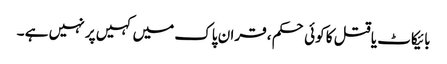
بائیکاٹ یا قتل کا کوئی حکم ، قران پاک میں کہیں پر نہیں ہے ۔